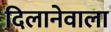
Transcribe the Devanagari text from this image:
दिलानेवाला